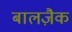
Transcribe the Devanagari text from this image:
बालज़ैक